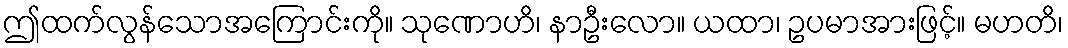
ဤထက်လွန်သောအကြောင်းကို။ သုဏောဟိ၊ နာဦးလော။ ယထာ၊ ဥပမာအားဖြင့်။ မဟတိ၊